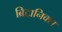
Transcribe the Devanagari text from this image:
ब्रिटानिक्स